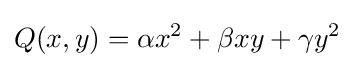
Q(x,y)=\alpha x^{2}+\beta xy+\gamma y^{2}